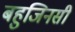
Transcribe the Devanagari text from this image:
बहुजिनसी